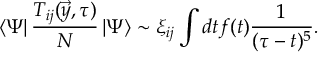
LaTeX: \left< \Psi \right| { \frac { T _ { i j } ( \vec { y } , \tau ) } { N } } \left| \Psi \right> \sim \xi _ { i j } \int { d t f ( t ) { \frac { 1 } { ( \tau - t ) ^ { 5 } } } } .